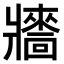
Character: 𤖠